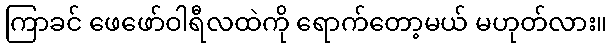
ကြာခင် ဖေဖော်ဝါရီလထဲကို ရောက်တော့မယ် မဟုတ်လား။